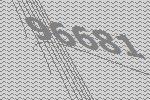
96681